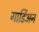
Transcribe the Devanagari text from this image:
गार्डिअन